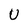
Character: U